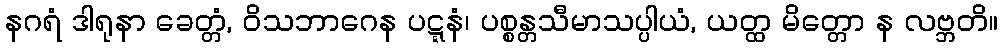
နဂရံ ဒါရုနာ ခေတ္တံ, ဝိသဘာဂေန ပဋ္ဋနံ၊ ပစ္စန္တသီမာသပ္ပါယံ, ယတ္ထ မိတ္တော န လဗ္ဘတိ။